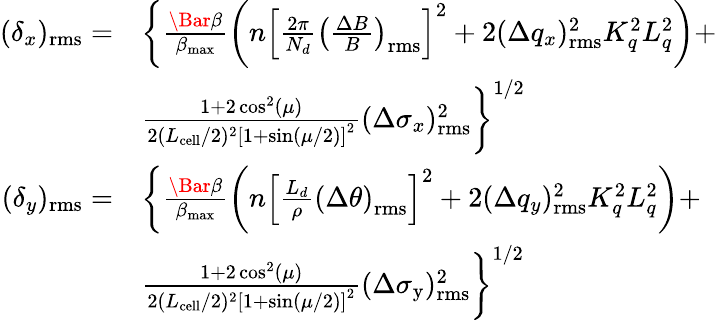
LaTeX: \begin{array}{rl}{(\delta_{x})_{\mathrm{rms}}=}&{\biggl\{ \frac{\Bar{\beta}}{\beta_{\mathrm{max}}}\left(n\left[\frac{2\pi}{N_{d}}\left(\frac{\Delta B}{B}\right)_{\mathrm{rms}}\right]^{2}+2(\Delta q_{x})_{\mathrm{rms}}^{2}K_{q}^{2}L_{q}^{2}\right)+}\\ &{\frac{1+2\cos^{2}(\mu)}{2(L_{\mathrm{cell}}/2)^{2}\left[1+\sin(\mu/2)\right]^{2}}(\Delta\sigma_{x})_{\mathrm{rms}}^{2}\biggr\} ^{1/2}}\\ {(\delta_{y})_{\mathrm{rms}}=}&{\biggl\{ \frac{\Bar{\beta}}{\beta_{\mathrm{max}}}\left(n\left[\frac{L_{d}}{\rho}\left(\Delta\theta\right)_{\mathrm{rms}}\right]^{2}+2(\Delta q_{y})_{\mathrm{rms}}^{2}K_{q}^{2}L_{q}^{2}\right)+}\\ &{\frac{1+2\cos^{2}(\mu)}{2(L_{\mathrm{cell}}/2)^{2}\left[1+\sin(\mu/2)\right]^{2}}(\Delta\sigma_{\mathrm{y}})_{\mathrm{rms}}^{2}\biggr\} ^{1/2}}\end{array}